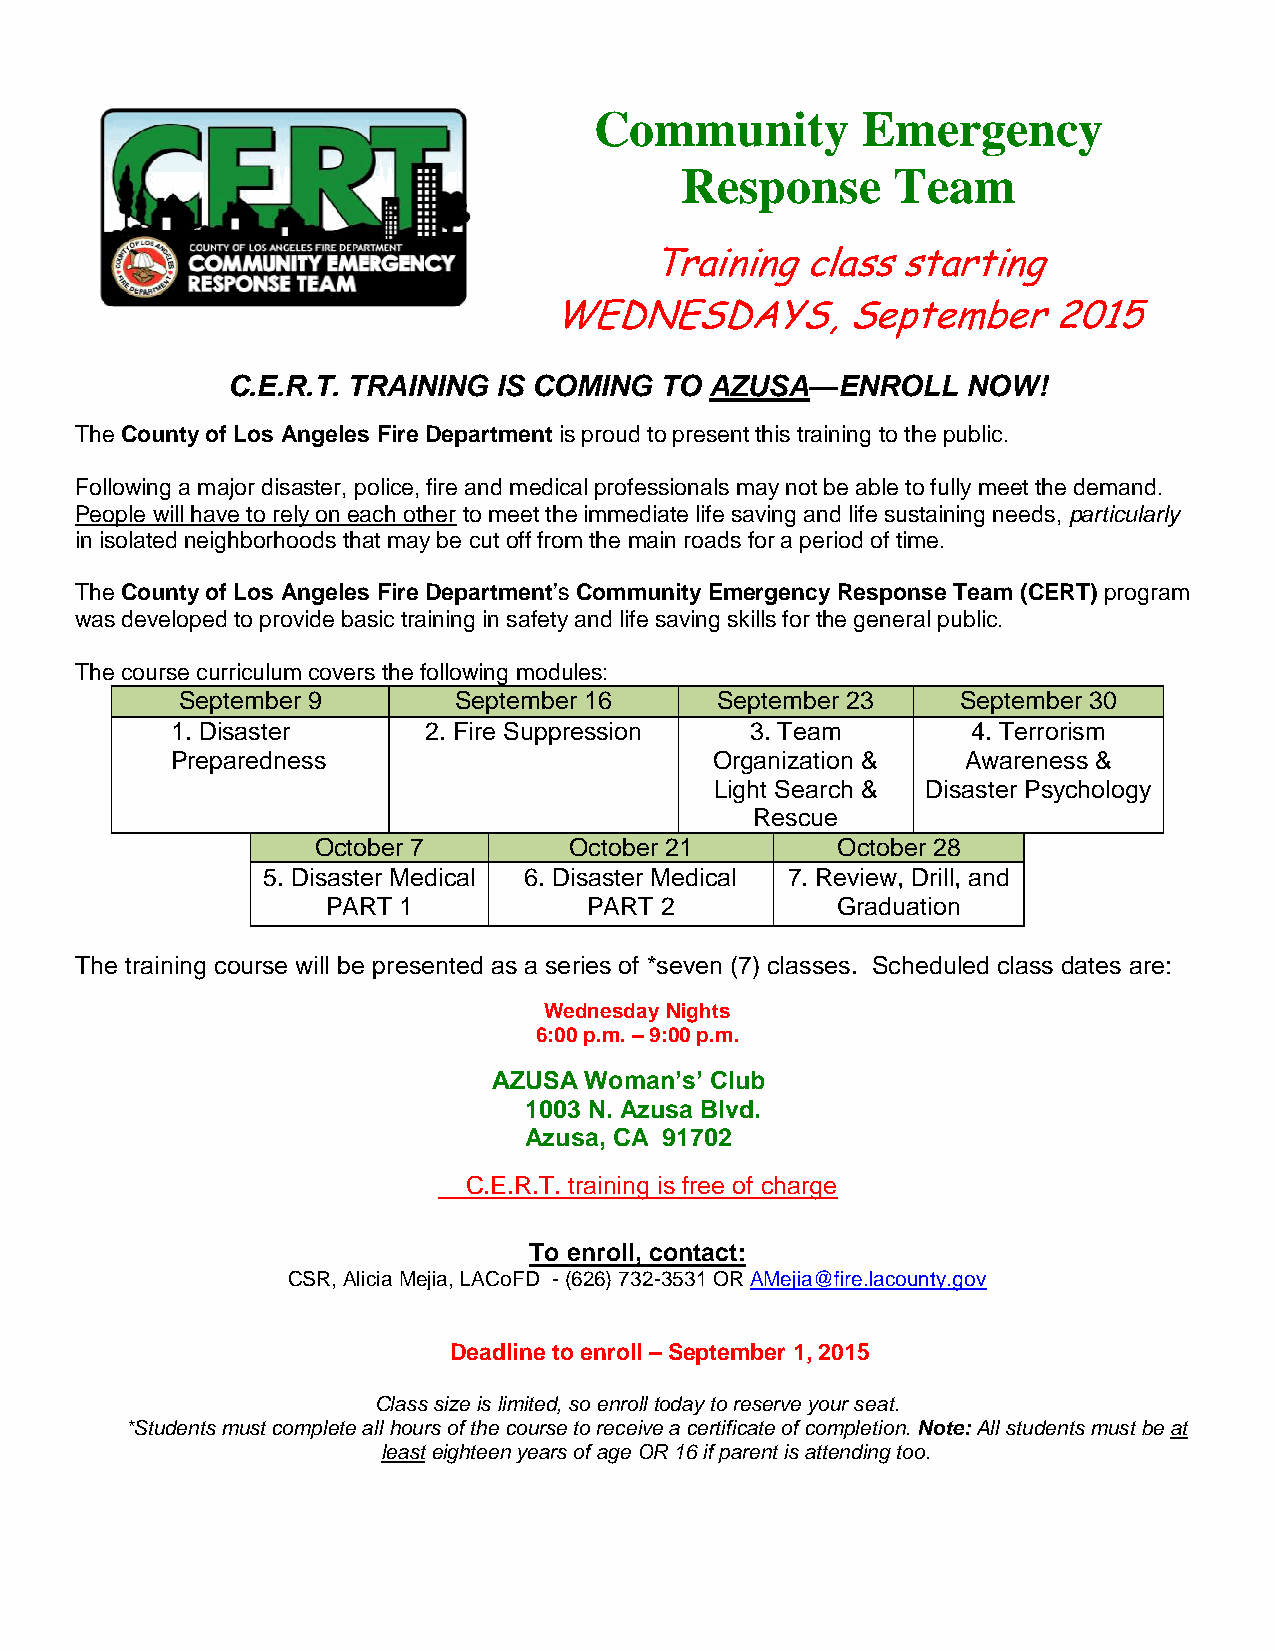
Community         Emergency
 Response      Team
 Training  class  starting
 WEDNESDAYS,        September     2015
 C.E.R.T. TRAINING IS COMING  TO AZUSA—ENROLL     NOW!
 The County of Los Angeles Fire Department is proud to present this training to the public.
 Following a major disaster, police, fire and medical professionals may not be able to fully meet the demand.
 People will have to rely on each other to meet the immediate life saving and life sustaining needs, particularly
 in isolated neighborhoods that may be cut off from the main roads for a period of time.
 The County of Los Angeles Fire Department’s Community Emergency Response Team (CERT) program
 was developed to provide basic training in safety and life saving skills for the general public.
 The course curriculum covers the following modules:
 September 9       September 16     September 23     September 30
 1. Disaster      2. Fire Suppression   3. Team       4. Terrorism
 Preparedness                        Organization &   Awareness &
 Light Search & Disaster Psychology
 Rescue
 October 7        October 21       October 28
 5. Disaster Medical 6. Disaster Medical 7. Review, Drill, and
 PART 1           PART 2          Graduation
 The training course will be presented as a series of *seven (7) classes. Scheduled class dates are:
 Wednesday Nights
 6:00 p.m. – 9:00 p.m.
 AZUSA Woman’s’ Club
 1003 N. Azusa Blvd.
 Azusa, CA 91702
 C.E.R.T. training is free of charge
 To enroll, contact:
 CSR, Alicia Mejia, LACoFD - (626) 732-3531 OR AMejia@fire.lacounty.gov
 Deadline to enroll – September 1, 2015
 Class size is limited, so enroll today to reserve your seat.
 *Students must complete all hours of the course to receive a certificate of completion. Note: All students must be at
 least eighteen years of age OR 16 if parent is attending too.